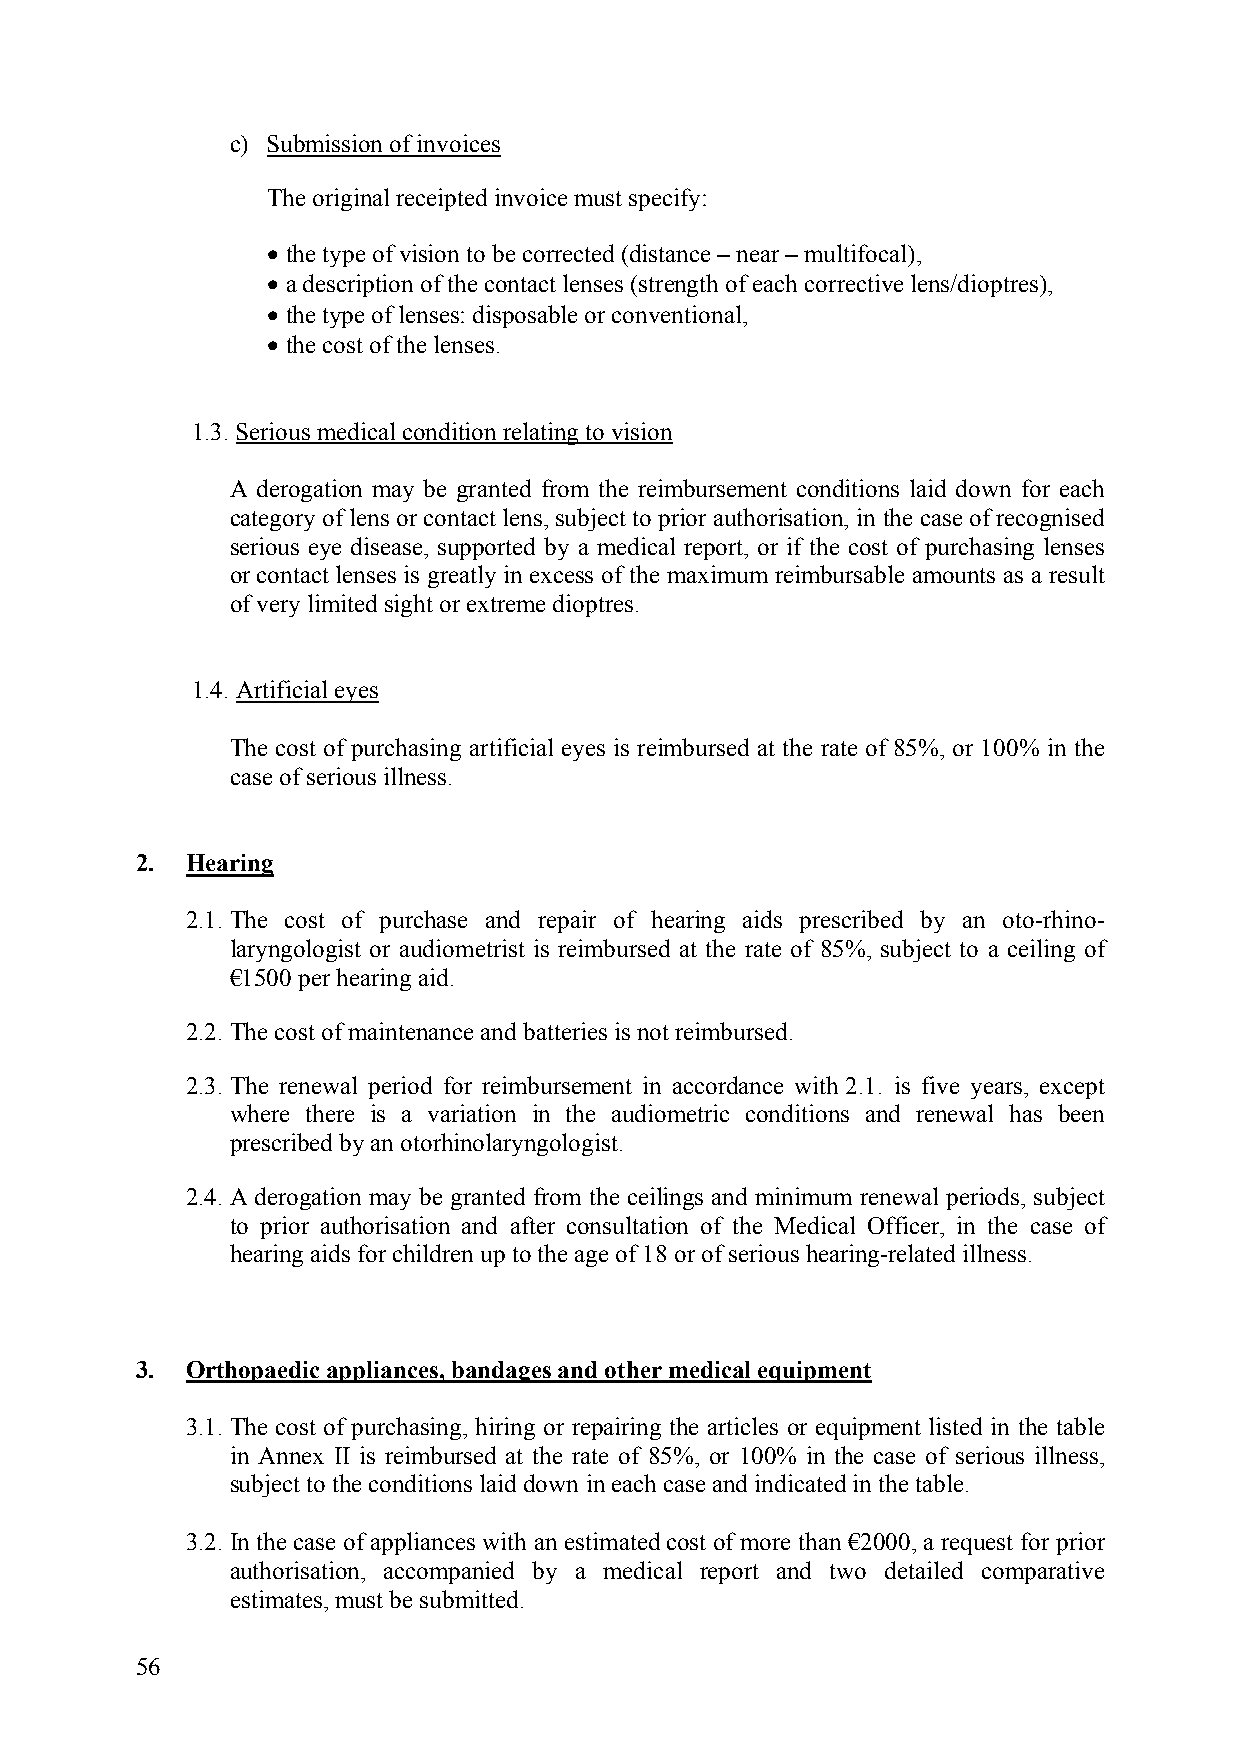
c) Submission of invoices
 The original receipted invoice must specify:
 • the type of vision to be corrected (distance – near – multifocal),
 • a description of the contact lenses (strength of each corrective lens/dioptres),
 • the type of lenses: disposable or conventional,
 • the cost of the lenses.
 1.3. Serious medical condition relating to vision
 A derogation may be granted from the reimbursement conditions laid down for each
 category of lens or contact lens, subject to prior authorisation, in the case of recognised
 serious eye disease, supported by a medical report, or if the cost of purchasing lenses
 or contact lenses is greatly in excess of the maximum reimbursable amounts as a result
 of very limited sight or extreme dioptres.
 1.4. Artificial eyes
 The cost of purchasing artificial eyes is reimbursed at the rate of 85%, or 100% in the
 case of serious illness.
 2. Hearing
 2.1. The cost of purchase and repair of hearing aids prescribed by an oto-rhino-
 laryngologist or audiometrist is reimbursed at the rate of 85%, subject to a ceiling of
 €1500 per hearing aid.
 2.2. The cost of maintenance and batteries is not reimbursed.
 2.3. The renewal period for reimbursement in accordance with 2.1. is five years, except
 where there is a variation in the audiometric conditions and renewal has been
 prescribed by an otorhinolaryngologist.
 2.4. A derogation may be granted from the ceilings and minimum renewal periods, subject
 to prior authorisation and after consultation of the Medical Officer, in the case of
 hearing aids for children up to the age of 18 or of serious hearing-related illness.
 3. Orthopaedic appliances, bandages and other medical equipment
 3.1. The cost of purchasing, hiring or repairing the articles or equipment listed in the table
 in Annex II is reimbursed at the rate of 85%, or 100% in the case of serious illness,
 subject to the conditions laid down in each case and indicated in the table.
 3.2. In the case of appliances with an estimated cost of more than €2000, a request for prior
 authorisation, accompanied by a medical report and two detailed comparative
 estimates, must be submitted.
 56